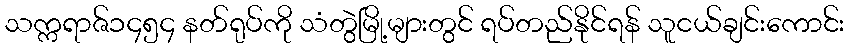
သက္ကရာဇ်၁၄၅၄ နတ်ရုပ်ကို သံတွဲမြို့များတွင် ရပ်တည်နိုင်ရန် သူငယ်ချင်းကောင်း